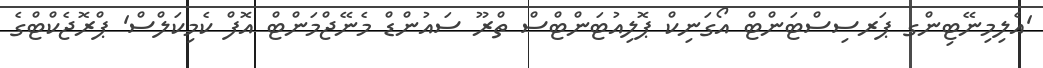
'އެލިމިނޭޓިންގ ޕަރސިސްޓަންޓް އޯގަނިކް ޕޮލިއުޓަންޓްސް ތްރޫ ސައުންޑް މެނޭޖްމަންޓް އޮފް ކެމިކަލްސް' ޕްރޮޖެކްޓްގެ